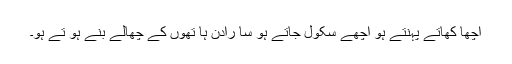
اچھا کھاتے پہنتے ہو اچھے سکول جاتے ہو سا رادن ہا تھوں کے چھالے بنے ہو تے ہو۔